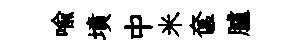
喩墳中米奩臚